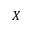
X